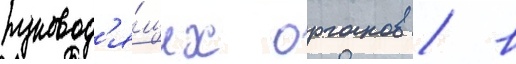
руковод'я́щих органов / в